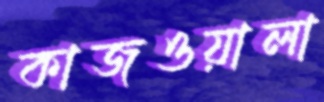
কাজওয়ালা